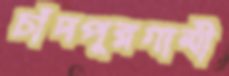
চাঁদপুরগামী